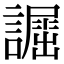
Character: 𧬲